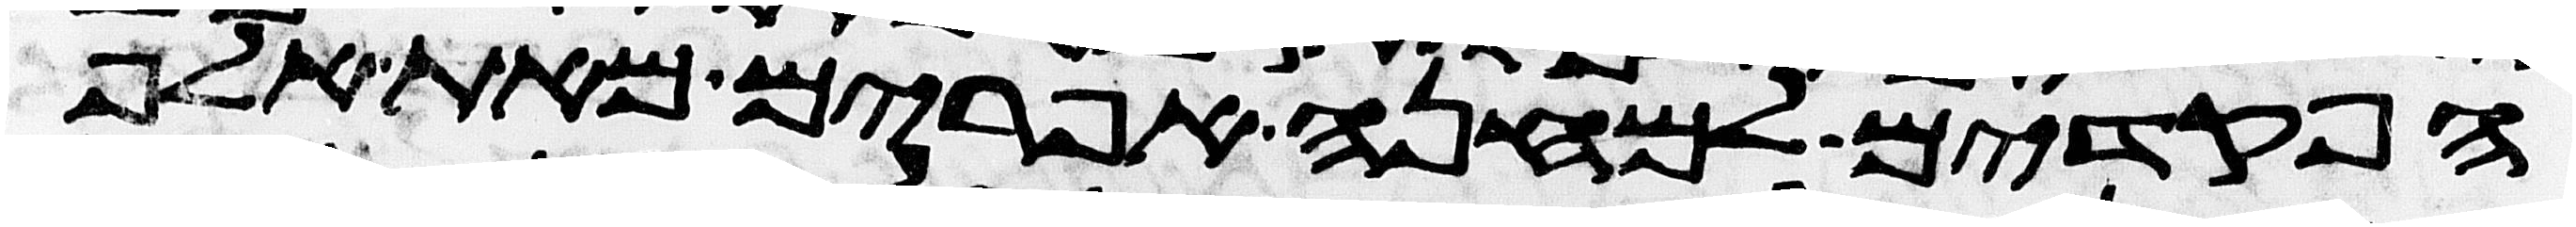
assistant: הפקדים למחנה אפרים מאת אלף